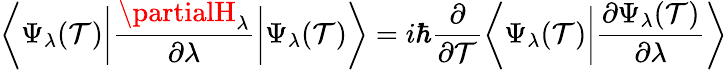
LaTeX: {\bigg\langle}\Psi_{\lambda}(\mathcal{T}){\bigg|}{\frac{{\partialH_{\lambda}}}{{\partial\lambda}}}{\bigg|}\Psi_{\lambda}(\mathcal{T}){\bigg\rangle}=i\hbar{\frac{{\partial}}{{\partial\mathcal{T}}}}{\bigg\langle}\Psi_{\lambda}(\mathcal{T}){\bigg|}{\frac{{\partial\Psi_{\lambda}(\mathcal{T})}}{{\partial\lambda}}}{\bigg\rangle}